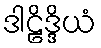
ဒါဠိဒ္ဒိယံ